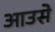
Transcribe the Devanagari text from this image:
आउसे